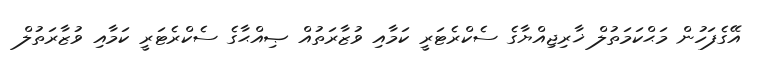
އޭގެފަހުން މަޙްކަމަތުލް ޚާރިޖިއްޔާގެ ސެކްރެޓަރީ ކަމާއި ވުޒާރަތުއް ޞިއްޙާގެ ސެކްރެޓަރީ ކަމާއި ވުޒާރަތުލް